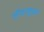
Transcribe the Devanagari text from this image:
लैक्ट्यूका